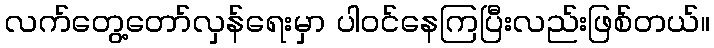
လက်တွေ့တော်လှန်ရေးမှာ ပါဝင်နေကြပြီးလည်းဖြစ်တယ်။